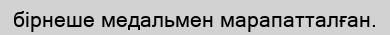
бірнеше медальмен марапатталған.